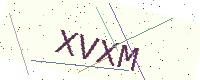
Text: XVXM